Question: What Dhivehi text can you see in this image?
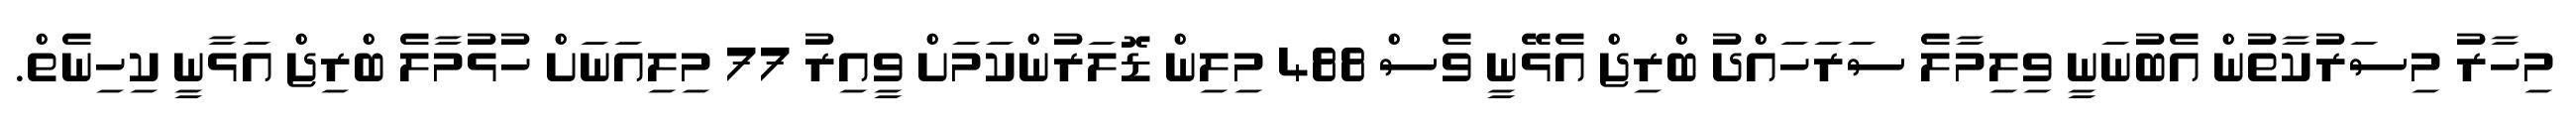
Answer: މިހާރު މިސަރުކާތުން އެބުނަނީ ވިލިމާލެ ސަރަހައްދު ބްރިޖް އެޅޭނީ ވެސް 488 މިލިން ޑޮލަރުންކަމަށް ވީއިރު 77 މިލިއަނަށް ހުޅުމާލެ ބްރިޖް އަޅާނީ ކިހިނެތް.